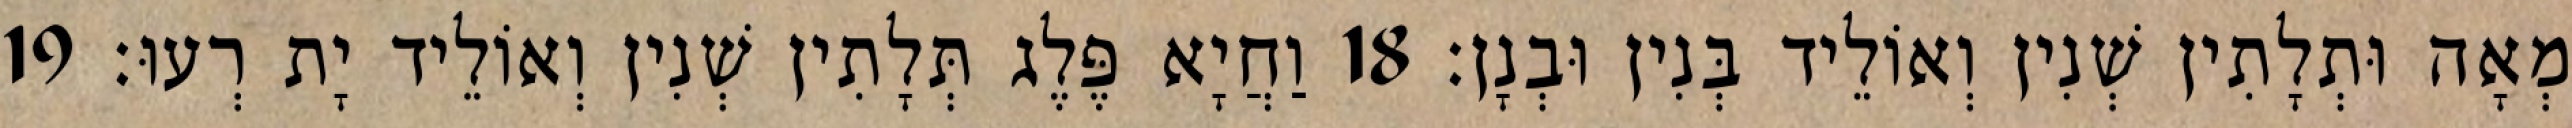
מְאָה וּתְלָתִין שְׁנִין וְאוֹלֵיד בְּנִין וּבְנָן׃ 18 וַחֲיָא פֶּלֶג תְּלָתִין שְׁנִין וְאוֹלֵיד יָת רְעוּ׃ 19